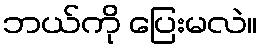
ဘယ်ကို ပြေးမလဲ။